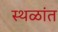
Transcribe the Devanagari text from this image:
स्थळांत